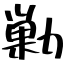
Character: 勦